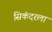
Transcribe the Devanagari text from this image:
सिकंदरला